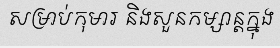
សម្រាប់កុមារ និងសួនកម្សាន្តក្នុង